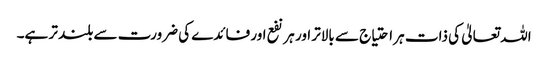
اللہ تعالیٰ کی ذات ہر احتیاج سے بالاتر اور ہر نفع اور فائدے کی ضرورت سے بلند تر ہے۔